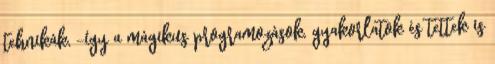
tehnikák, -így a mágikus programozások, gyakorlatok és tettek is